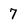
Character: 7